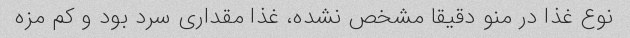
نوع غذا در منو دقیقا مشخص نشده، غذا مقداری سرد بود و کم مزه